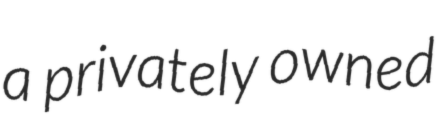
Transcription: a privately owned